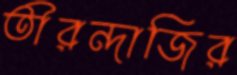
তীরন্দাজির